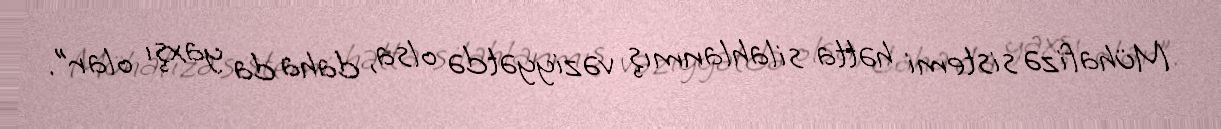
Mühafizə sistemi hətta silahlanmış vəziyyətdə olsa, daha da yaxşı olar”.